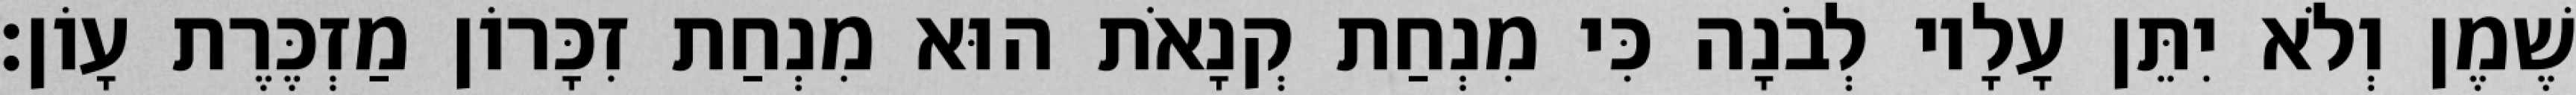
שֶׁמֶן וְלֹא יִתֵּן עָלָיו לְבֹנָה כִּי מִנְחַת קְנָאֹת הוּא מִנְחַת זִכָּרוֹן מַזְכֶּרֶת עָוֹן׃